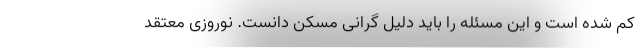
کم شده است و این مسئله را باید دلیل گرانی مسکن دانست. نوروزی معتقد